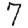
Digit: 7